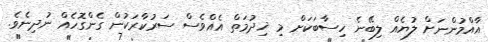
އާއްމުންނަށް ލުޔެއް ލިބޭނެ ހިސާބަކަށް މި ޚިދުމަތް އެއްވެސް ސަރުކާރަކުން ގެންގޮހެއް ނުދިނެވެ.